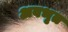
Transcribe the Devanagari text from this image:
अवभृत